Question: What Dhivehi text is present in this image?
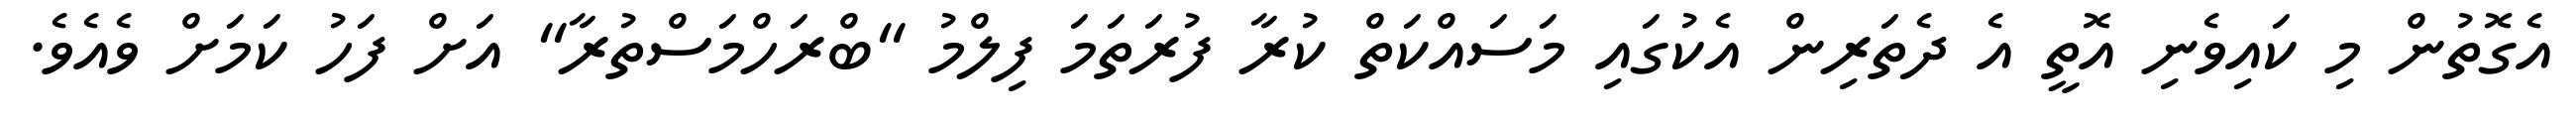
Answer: އެގޮތުން މި ކައިވެނި އޮތީ އެ ދެތަރިން އެކުގައި މަސައްކަތް ކުރާ ފުރަތަމަ ފިލްމު "ބްރަހްމަސްތުރާ" އަށް ފަހު ކަމަށް ވެއެވެ.